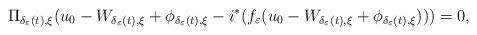
LaTeX: \begin{align*}\Pi_{\delta_\varepsilon(t),\xi }(u_0 - W_{\delta_\varepsilon(t),\xi }+\phi_{\delta_\varepsilon(t),\xi } -i^\ast (f_\varepsilon(u_0-W_{\delta_\varepsilon(t),\xi }+\phi_{\delta_\varepsilon(t),\xi })))=0,\end{align*}